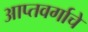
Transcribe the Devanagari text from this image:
आप्तवर्गाचे